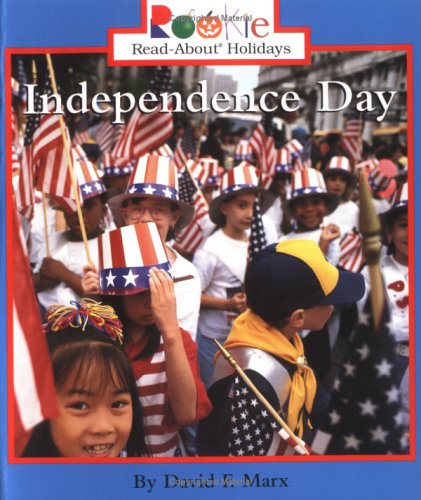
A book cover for Independence Day (Rookie Read-About Holidays); David F. Marx; Children's Books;